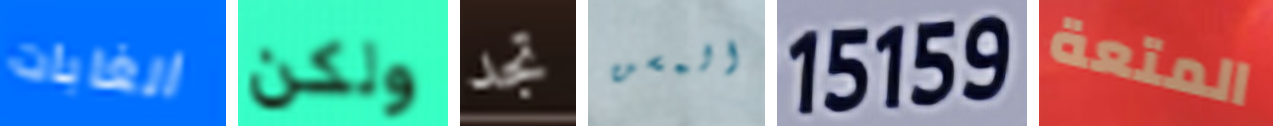
الغابات ولكن تجد المسن 15159 المتعة